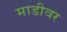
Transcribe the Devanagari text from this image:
माडीवर